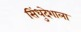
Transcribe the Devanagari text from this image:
सिंधुदेशाला